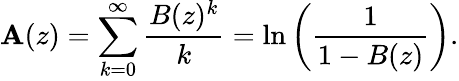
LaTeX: \mathbf{A}(z)=\sum_{k=0}^{\infty}{\frac{{B(z)^{k}}}{{k}}}=\ln\left({\frac{{1}}{{1-B(z)}}}\right).